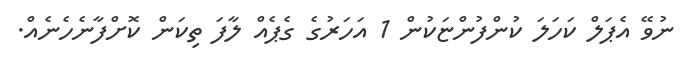
ނުވޭ އެޕަލް ކަހަލަ ކުންފުންޏަކުން 1 އަހަރުގެ ގެޕެއް ލާފަ ތިކަން ކޮށްފާނެހެނެއް.